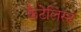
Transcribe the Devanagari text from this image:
कैटेलिस्ट